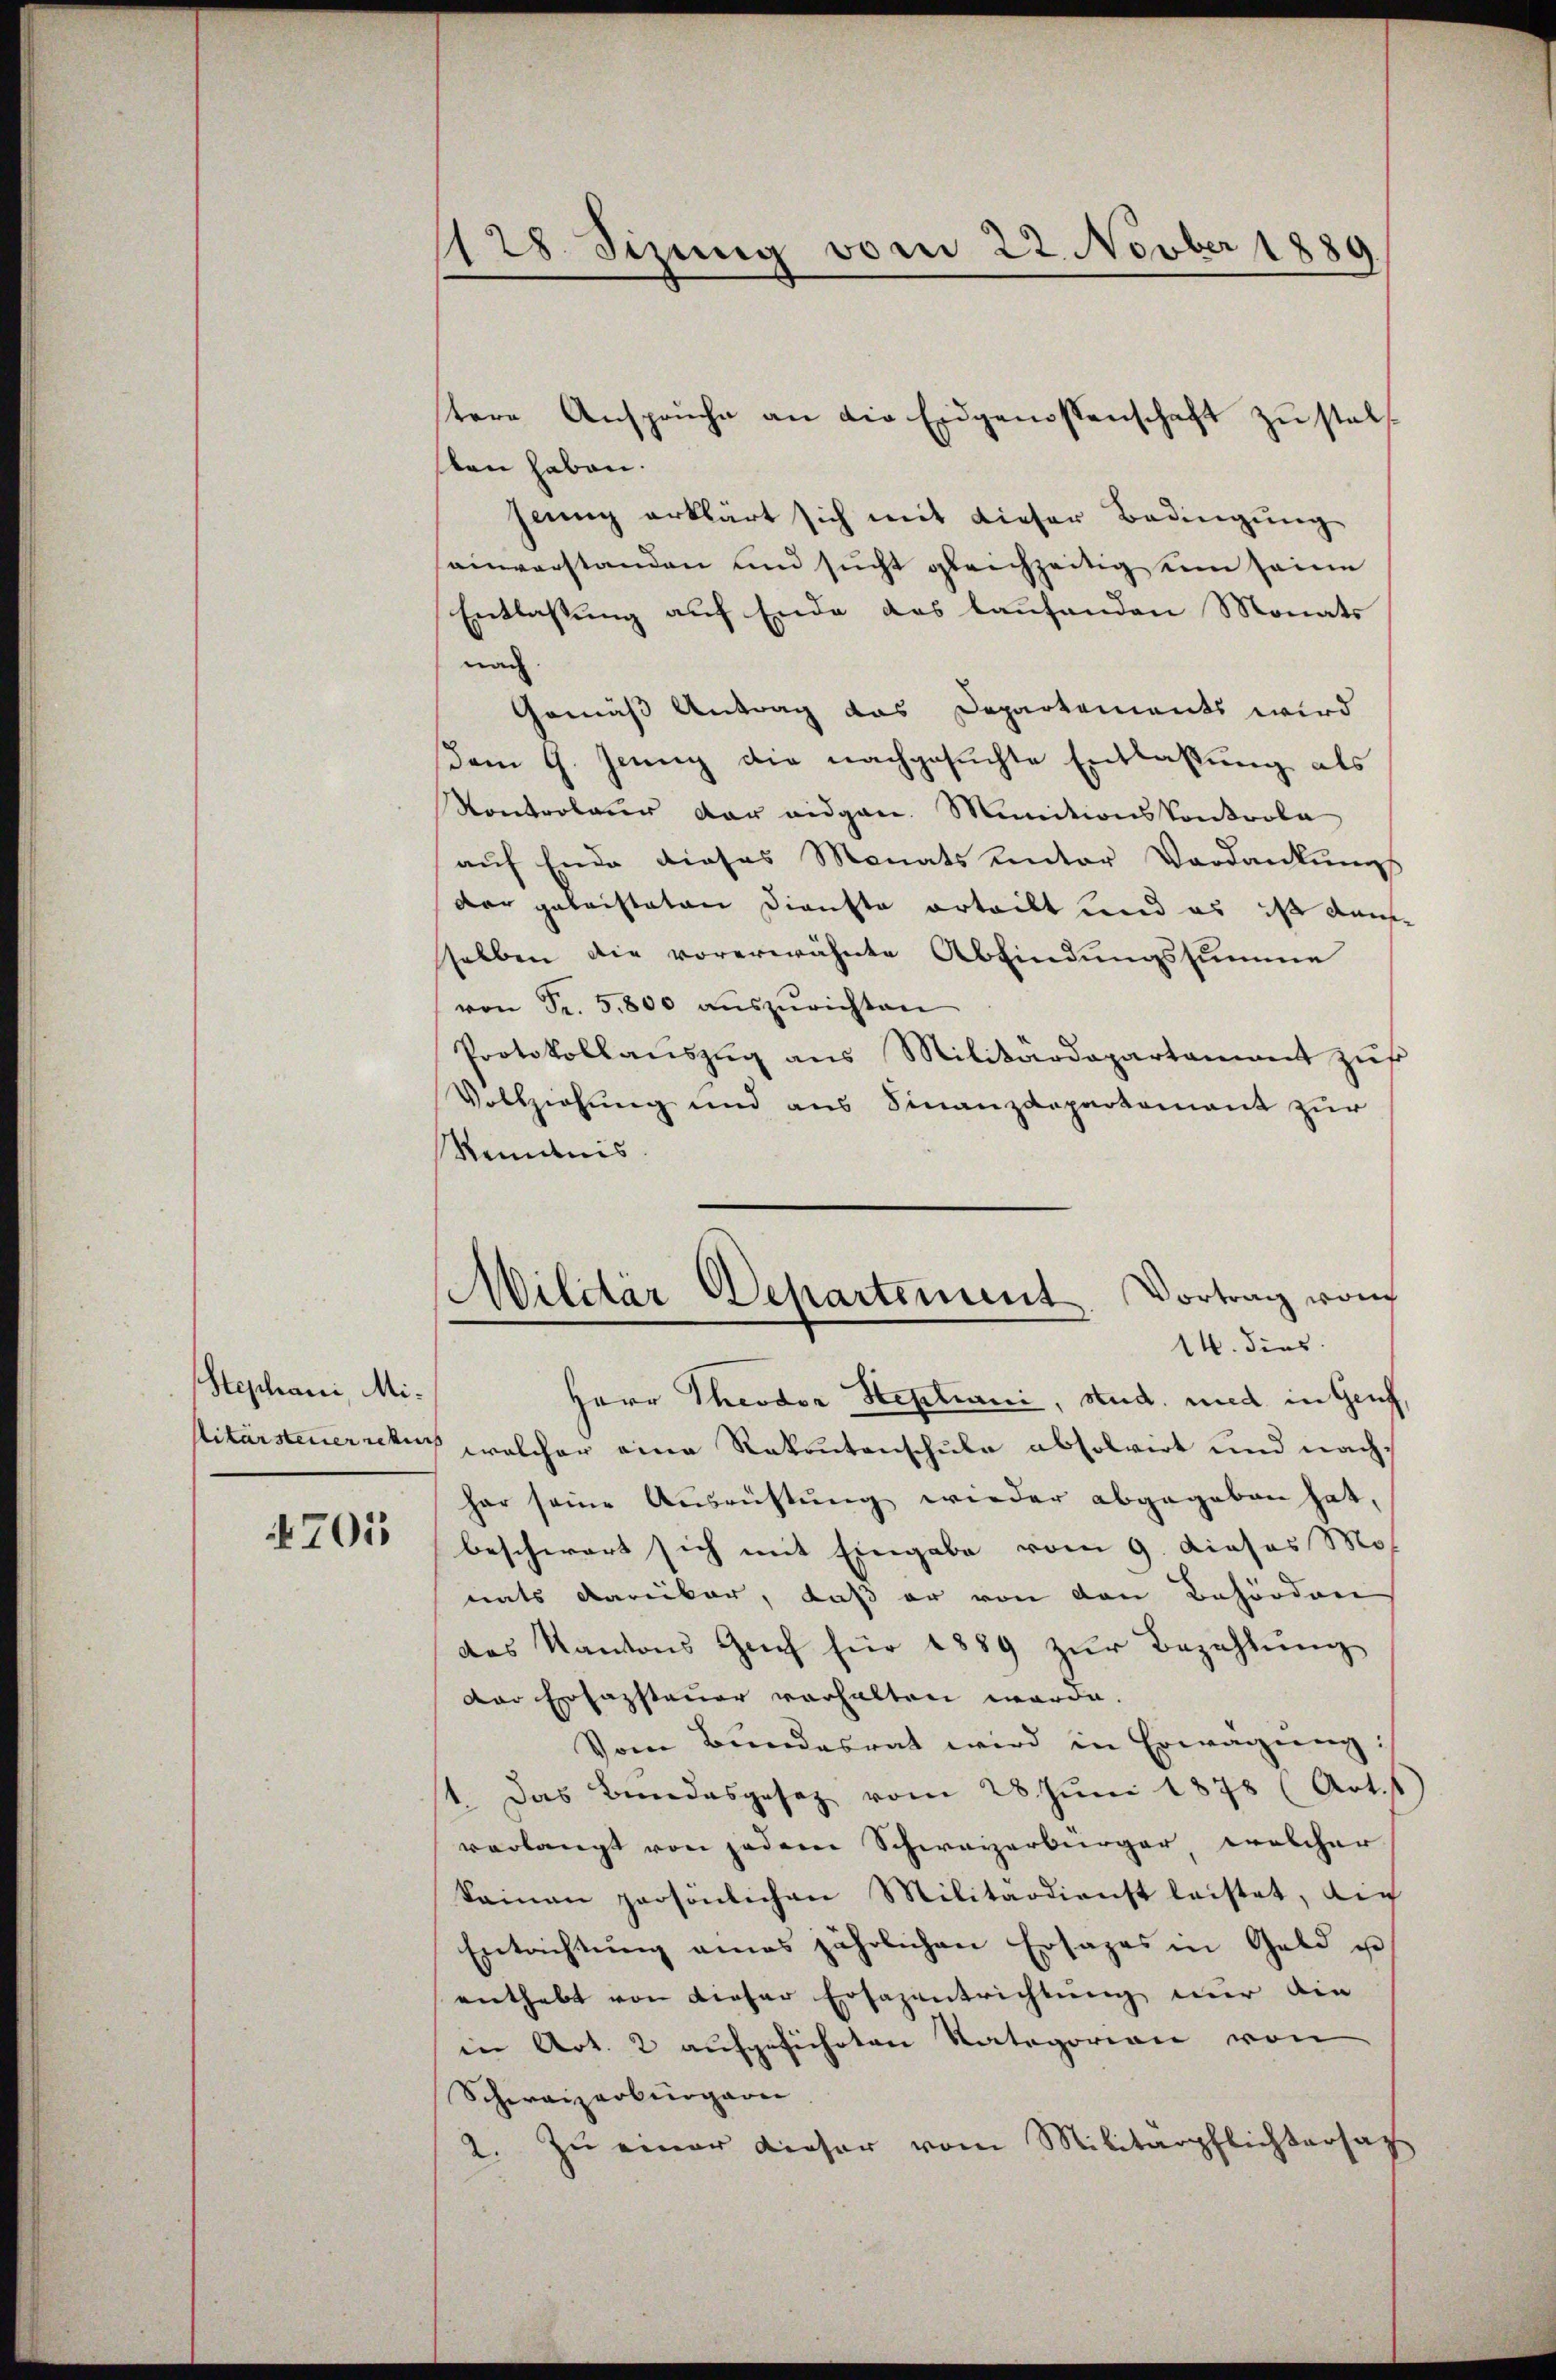
Stephani, Mi¬

705

128. Sizung vom 22. Novber 1889

sten haben.
jeung erklärt sich mit dieser Bedingung
seiverstanden und sucht gleichzeitig ein seine
Entlassung auf Ende das laufenden Monats
nach.
Gemäß Antrag das Departements wird
dom 9. Juny die nachgesuchte Entlassung als
Kontroleur der eidgen. Munitionskontrola
auf Ende dieses Monats unter Verdankungs
der geleisteten Dienste erteilt und es ist dan
sselben die vorerwähnte Abfindungssumme
von Fr. 5800 aŭszŭrichten
Protokollauszug aus Militärdepartament zus
Vollziehung und aus Finanzdepartement zur
Kenntnis
Militär Departement. Vortrag vom
14. dies
Herr Theodor Stephani, Stud. und in Genf,
Sitärsteuernkurs welcher eine Rekrutenschule absolvirt und nachhar seine Ausrüstung wieder abgegeben hat,
beschwert sich mit Eingabe vom 9. Dieses Mo
nats dareikar, daß er von den Behördere
das Kantons Geich für 1889 zŭr Bezahlŭng
Der Erfassteuer vorhalten werde.
Vom Bundesrat wird in Erwägung:
t. Das Bundesgesetz vom 28. Juni 1878 (Art. 1
verlangt von jedem Schweizerbürger, welcher
kainen persönlichen Militärdienst leistet, auch
Entrichtŭng eines jährlichen Ersages in Geld u
enthebt von dieser Ersazentrichtung nur die
in Art. 2 aufgeführten Kategorien von
Schweizerbürgeri
2. zŭ einer dieser vom Militärpflichtersat

tere Anspruche an die Eidgenossenschaft zu stel¬